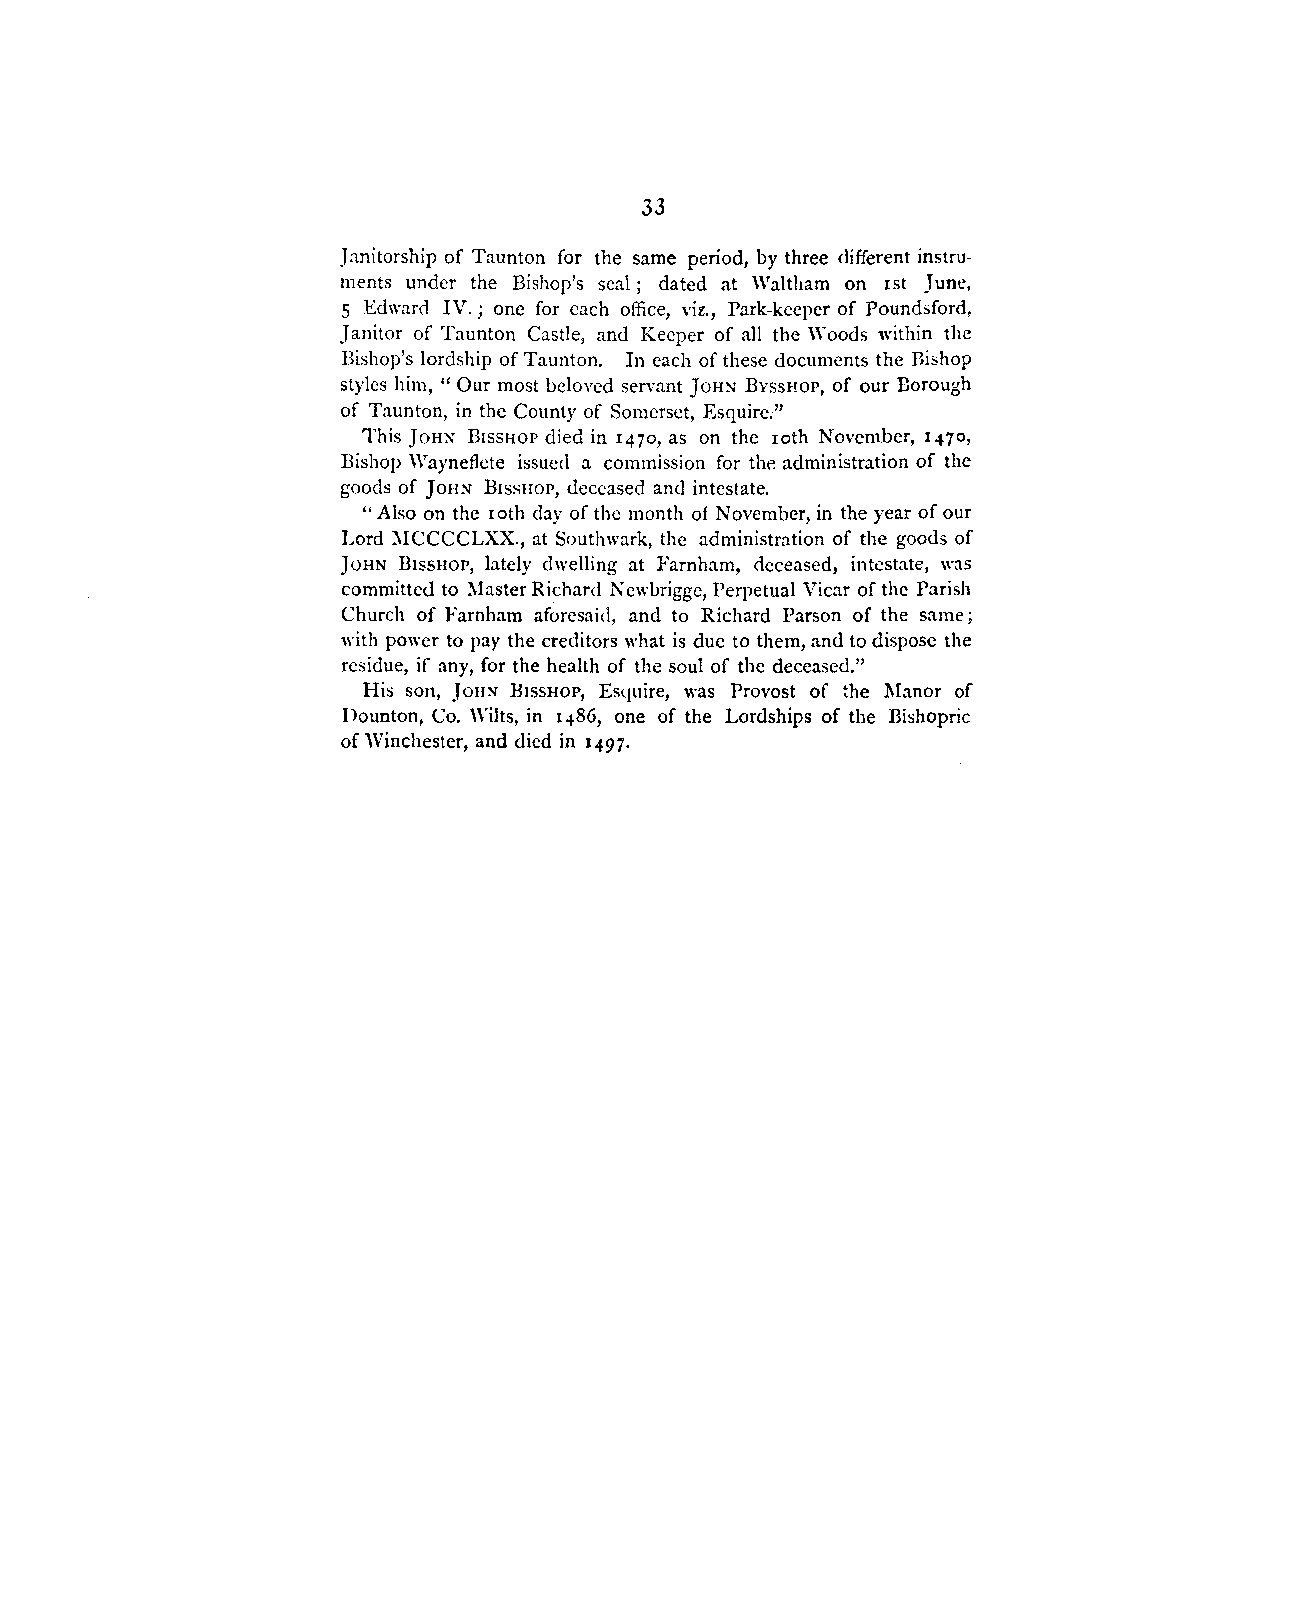
33
 Janitorship of Taunton for the same period, by three different instru
 ments under the Bishop's seal; dated at Waltham on 1st June,
 5 Edward IV.; one for each office, viz., Park-keeper of Poundsford,
 Janitor of Taunton Castle, and Keeper of all the Woods within the
 Bishop's lordship of Taunton. In each of these documents the Bishop
 styles him, " Our most beloved servant JOHN BYSSHOP, of our Borough
 of Taunton, in the County of Somerset, Esquire."
 This JoHN BISSHOP died in 1470, as on the 10th November, 1470,
 Bishop Wayneflete issued a commission for thp, administration of the
 goods of JOHN B1ssHor, deceased and intestate.
 "Also on the 10th day of the month of November, in the year of our
 Lord MCCCCLXX., at Southwark, the administration of the goods of
 JOHN B1ssuor, lately dwelling at Farnham, deceased, intestate, was
 committed to l\Iaster Richard N ewbrigge, Perpetual Vicar of the Parish
 Church of Farnham aforesaid, and to Richard Parson of the same;
 with power to pay the creditors what is due to them, and to dispose the
 residue, if any, for the health of the soul of the deceased."
 His son, JoHN HISSHOP, Esquire, was Provost of the Manor of
 Dounton, Co. Wilts, in 1486, one of the Lordships of the Bishopric
 of Winchester, and died in 1497.